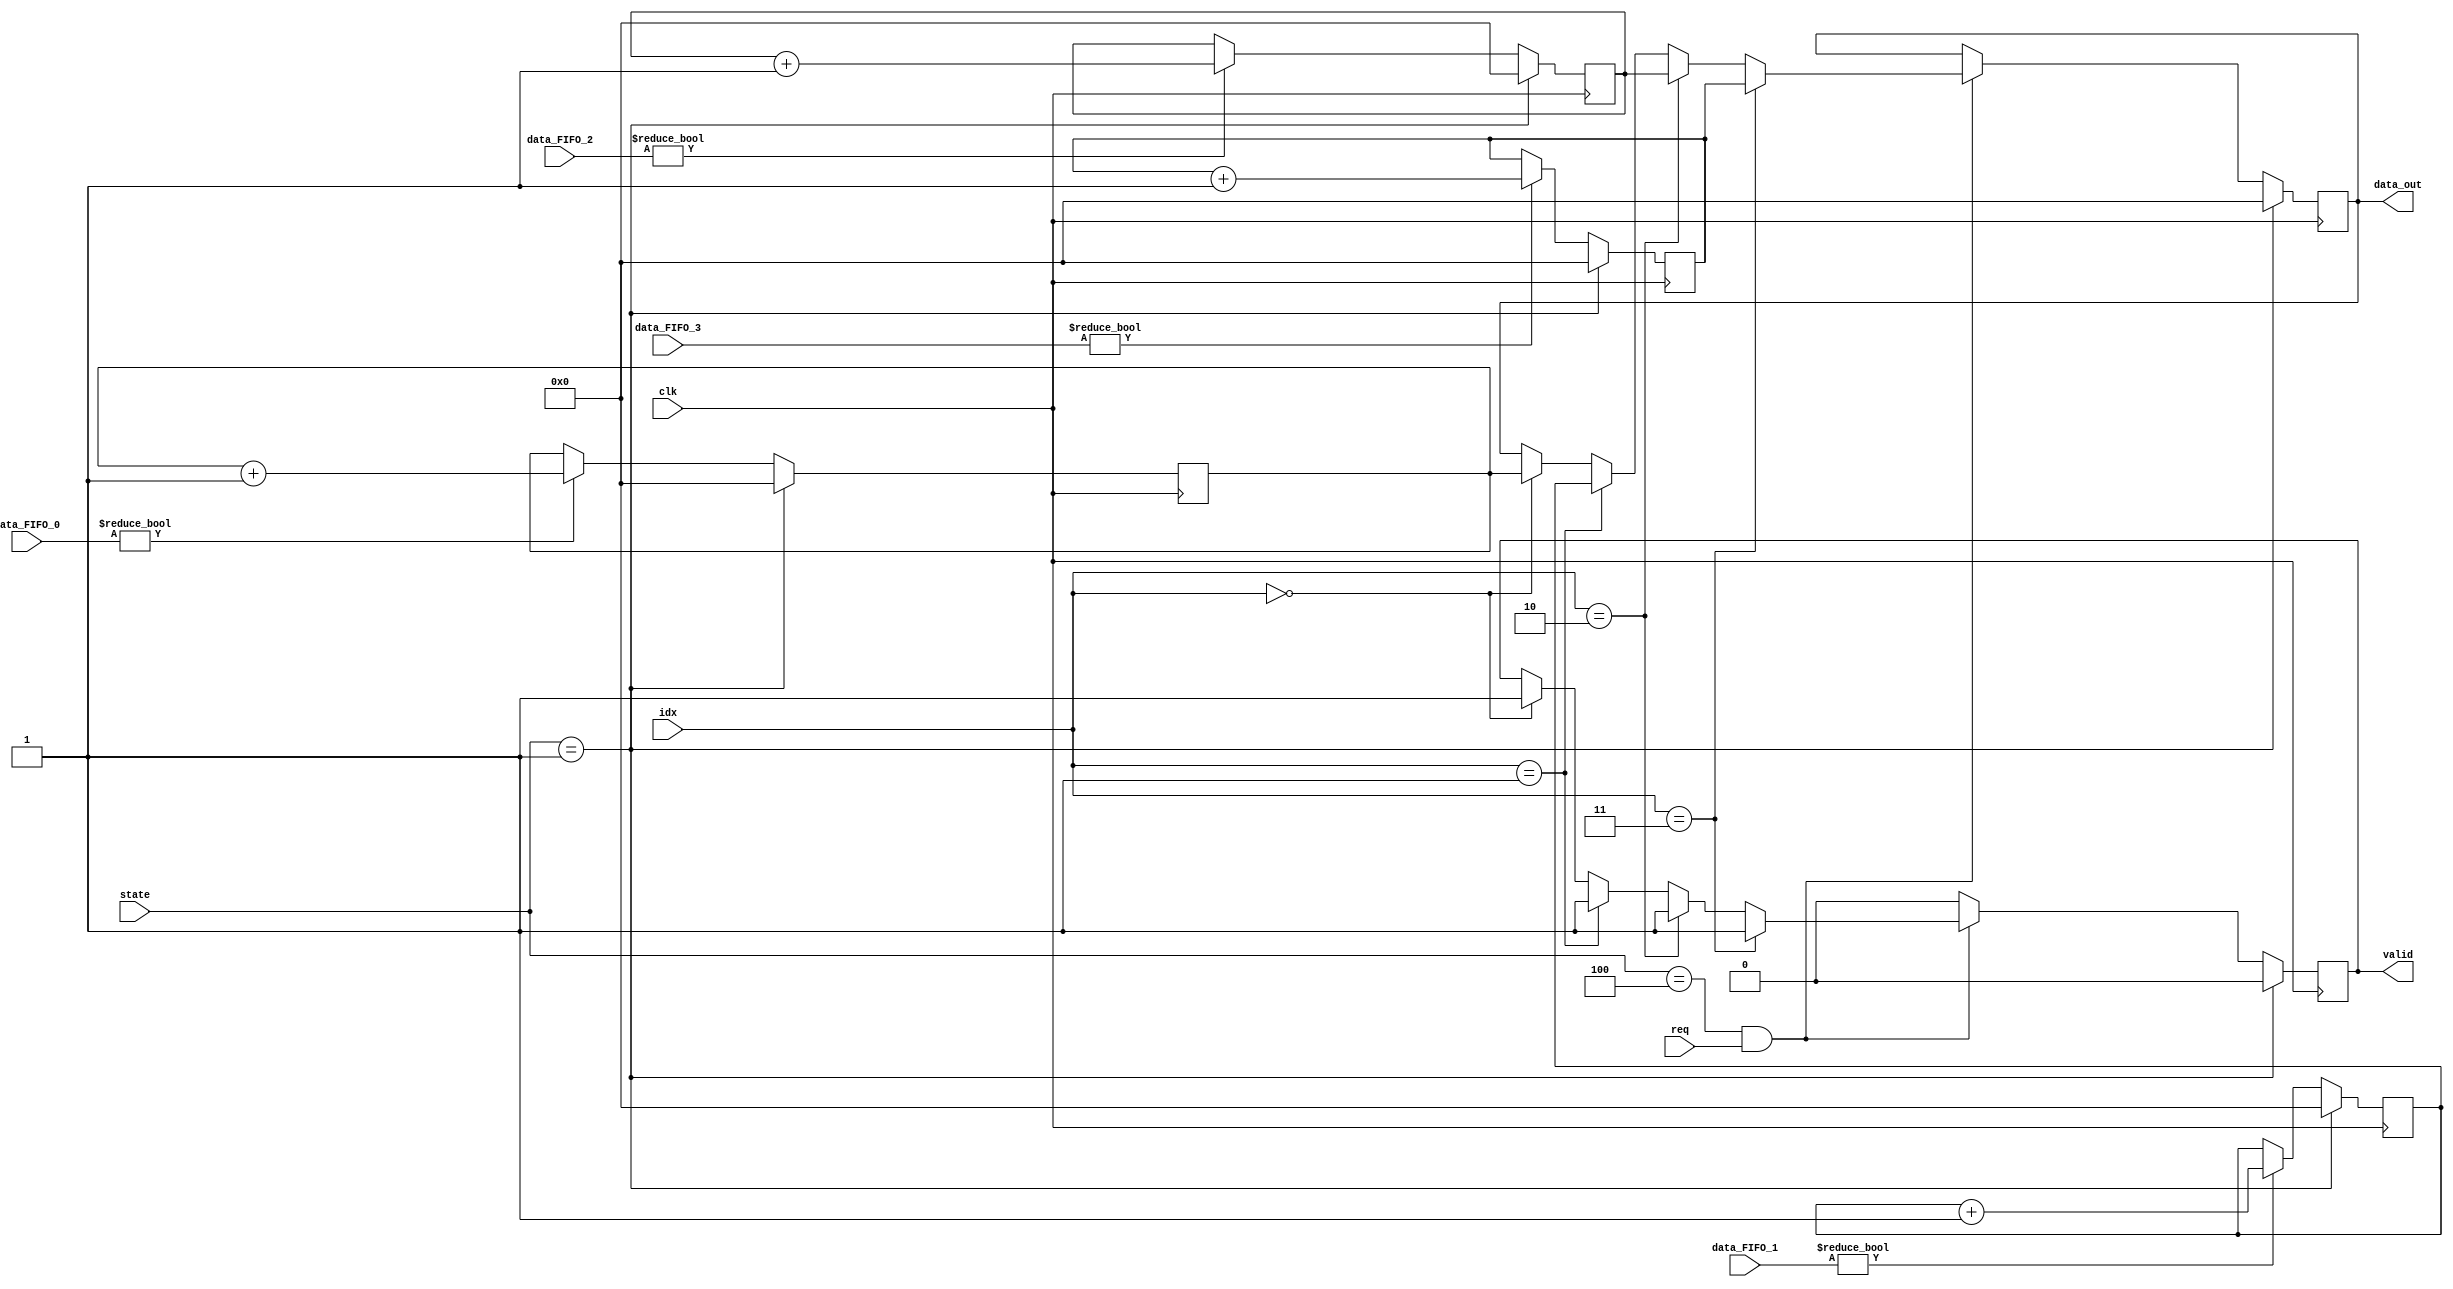
module Contador (
    input [9:0] data_FIFO_0,
    input [9:0] data_FIFO_1,
    input [9:0] data_FIFO_2,
    input [9:0] data_FIFO_3,
    input req,
    input clk,
    input [3:0] state,
    input [1:0] idx,
    output reg valid,
    output reg [4:0] data_out
);

reg [4:0] contador_0, contador_1, contador_2, contador_3;

// Lgica de conteo de FIFOS
always @(posedge clk)begin
    if(state == 4'b0001)begin       //Estado de RESET -> reinicia contadores
        contador_0 <= 5'b00000;
        contador_1 <= 5'b00000;
        contador_2 <= 5'b00000;
        contador_3 <= 5'b00000;
    end
    else begin

        if (data_FIFO_0 != 10'b0)begin
            contador_0 <= contador_0 + 1;
        end
        if (data_FIFO_1 != 10'b0)begin
            contador_1 <= contador_1 + 1;
        end
        if (data_FIFO_2 != 10'b0)begin
            contador_2 <= contador_2 + 1;
        end
        if (data_FIFO_3 != 10'b0)begin
            contador_3 <= contador_3 + 1;
        end

    end
end

// Lgica de lectura de contadores
always @(posedge clk)begin

    if(state == 4'b0001)begin
        data_out = 5'b0;
        valid = 0;
    end
    else begin
        if((state == 4'b0100) & (req == 1))begin    // IDLE = 0100
            if(idx == 2'b00)begin
                data_out = contador_0;
                valid = 1;
            end
            if(idx == 2'b01)begin
                data_out = contador_1;
                valid = 1;
            end
            if(idx == 2'b10)begin
                data_out = contador_2;
                valid = 1;
            end
            if(idx == 2'b11)begin
                data_out = contador_3;
                valid = 1;
            end
        end
        else begin
            valid = 0;
        end
    end
end

endmodule